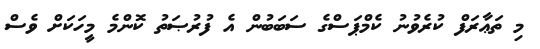
މި ތަޢާރަފް ކުރެވުނު ކެމްޕަސްގެ ސަބަބުން އެ ފުރުޞަތު ކޮންމެ މީހަކަށް ވެސް